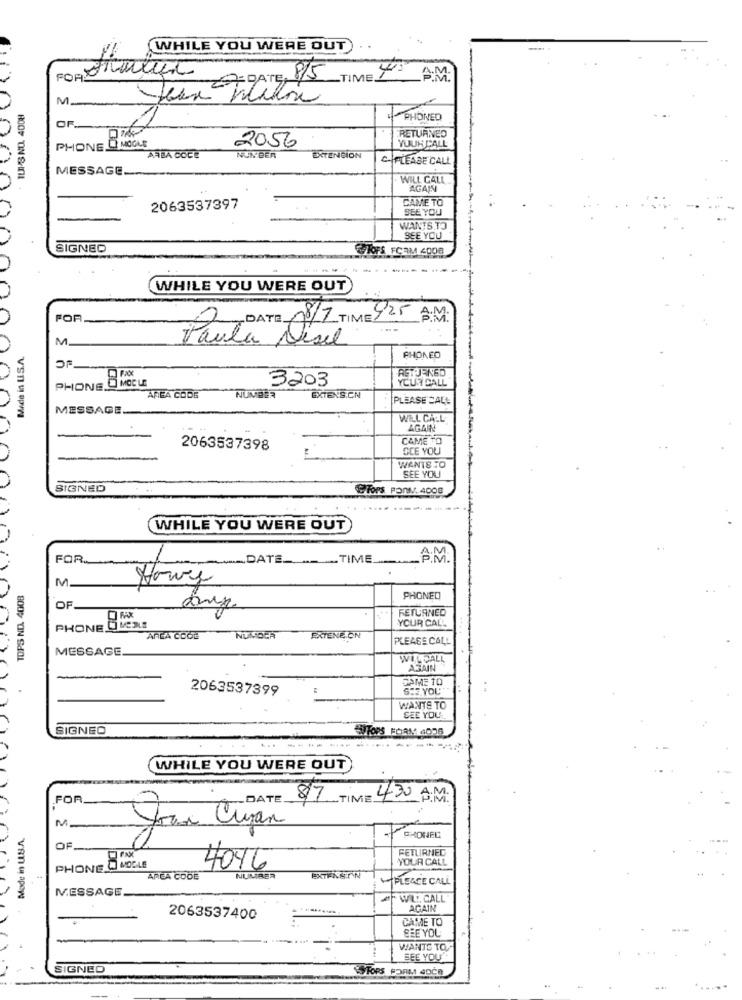
WHILE YOU WERE OUT
815
_TIME.
AM.
M.
TUPS NO. 4008
PHONED
OF.
MOGLE
RETURNED
PHONEL
2056
YOUR CALL
ARBA COCE
NUN BER
EXTENSION
PLEASE CALL
MESSAGE.
WILL CALL
AGAIN
CAME TO
2063537397
SEE YOU
WANTS TO
SEE YOU
SIGNED
STOFS FCOM 4008
00000
WHILE YOU WERE OUT
FOR
2 DATE 08/7 TIME 925 A.M.
M.
Paula Desil
PHONED
RETURNED
PHONE O MOCLE
3203
YOURCALL
AREA CODE
NUMBER
EXTENS.CN
PLEASE CALL
MESSAGE
VSn y Op
WIEL CALL
AGAIN
CAME TO
2063537398
OCE YOU
WANTS TO
SEE YOU
SIGNED
&Tors PonNy. 4008
WHILE YOU WERE OUT
FOR.
DATE_TIME
AM
M.
TOPS ND. 4008
PHONED
OF.
RETURNED
YOUR CALL
PHONE !
ARLA COOL
NUMBER
EXTENSION
PLEASE CALL
MESSAGE
WILL CALL
AGAIN
DAME 10
2063537399
SEE YOU
WANTS TO
SEE YOU
SIGNED
SITOPS FORM 4006
WHILE YOU WERE OUT
FOR.
Your CumATE 97 TIME 4.30 A.M.
M.
PHONEL
OF
FETLIRNEC
PHONE D MOLLE
YOUR CALL
4046
AREA CODE
NUMBER
EXTENSION
PLEASE CALL
MESSAGE
#FWL. CALL
AGAIN
2063537400
CAME TO
SEE YOU
WANTS TO.
SEE YOU
IGNED
STORS FORM 4OCH